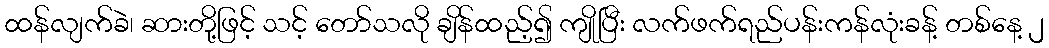
ထန်လျက်ခဲ၊ ဆားတို့ဖြင့် သင့် တော်သလို ချိန်ထည့်၍ ကျိုပြီး လက်ဖက်ရည်ပန်းကန်လုံးခန့် တစ်နေ့ ၂